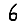
Digit: 6